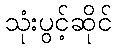
သုံးပွင့်ဆိုင်